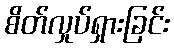
စိတ်လှုပ်ရှားခြင်း